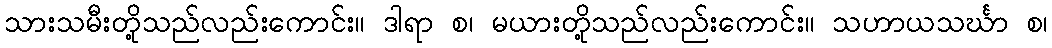
သားသမီးတို့သည်လည်းကောင်း။ ဒါရာ စ၊ မယားတို့သည်လည်းကောင်း။ သဟာယသင်္ဃာ စ၊